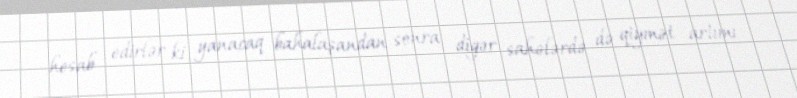
hesab edirlər ki, yanacaq bahalaşandan sonra digər sahələrdə də qiymət artımı